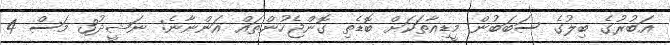
އަބުރުގެ ބިލުގެ ސަބަބުން މީޑިއާތަކަށް ބޮޑެތި ގޮންޖެހުންތައް އަންނާނެ: ނަޝީދު3 މަސް 4